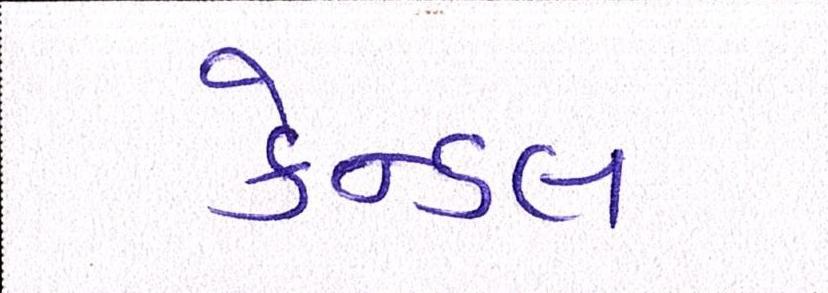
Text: કેન્ડલ